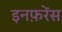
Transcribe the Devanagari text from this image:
इनफ़रेंस